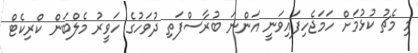
މި މެޗު ކުޅުމަށް ހަމަޖެހިފައިވަނީ އަންނަ ބުރާސްފަތި ދުވަހުގެ ހަވީރު މެލްބަން ކްރިކެޓް